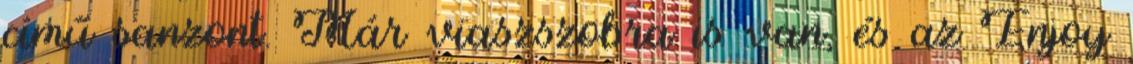
című sanzont. Már viaszszobra is van, és az Enjoy